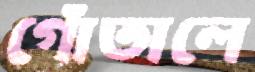
গোঁতালে